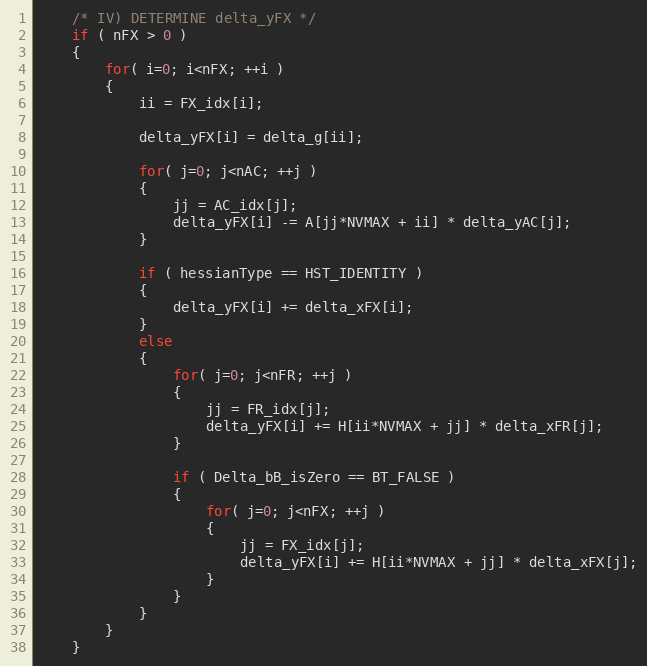
Language: C++
	/* IV) DETERMINE delta_yFX */
	if ( nFX > 0 )
	{
		for( i=0; i<nFX; ++i )
		{
			ii = FX_idx[i];

			delta_yFX[i] = delta_g[ii];

			for( j=0; j<nAC; ++j )
			{
				jj = AC_idx[j];
				delta_yFX[i] -= A[jj*NVMAX + ii] * delta_yAC[j];
			}

			if ( hessianType == HST_IDENTITY )
			{
				delta_yFX[i] += delta_xFX[i];
			}
			else
			{
				for( j=0; j<nFR; ++j )
				{
					jj = FR_idx[j];
					delta_yFX[i] += H[ii*NVMAX + jj] * delta_xFR[j];
				}

				if ( Delta_bB_isZero == BT_FALSE )
				{
					for( j=0; j<nFX; ++j )
					{
						jj = FX_idx[j];
						delta_yFX[i] += H[ii*NVMAX + jj] * delta_xFX[j];
					}
				}
			}
		}
	}